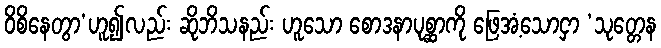
ဝိစိနေတွာ’ဟူ၍လည်း ဆိုဘိသနည်း ဟူသော စောဒနာပုစ္ဆာကို ဖြေအံ့သောငှာ ‘သုတ္တေန